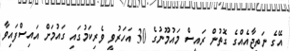
އޭގެ ނަތީޖާއެއްގެ ގޮތުން ރައީސް މައުމޫނުގެ 30 އަހަރުވީ ވެރިކަމުގައި ގައުމަށް އައިސްފައިވާ